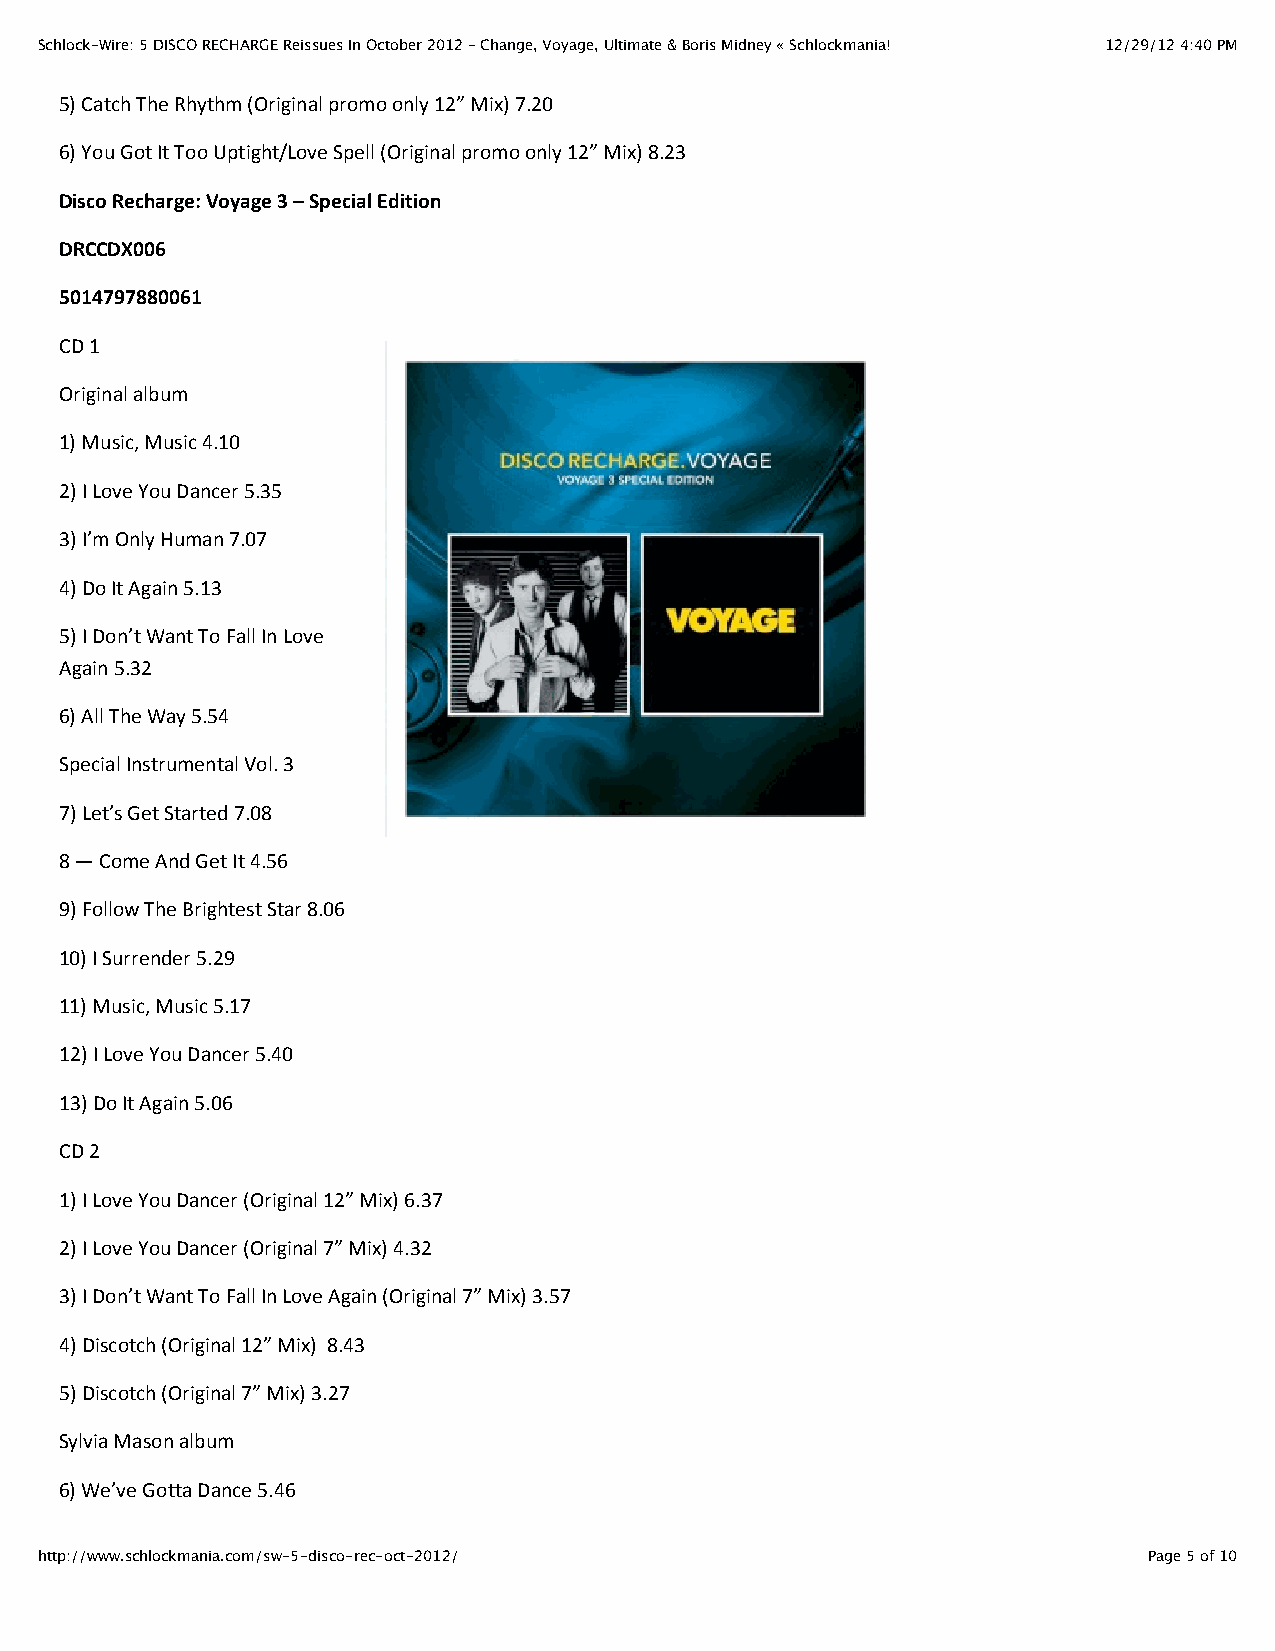
Schlock-Wire: 5 DISCO RECHARGE Reissues In October 2012 – Change, Voyage, Ultimate & Boris Midney « Schlockmania! 12/29/12 4:40 PM
 5) Catch The Rhythm (Original promo only 12” Mix) 7.20
 6) You Got It Too Uptight/Love Spell (Original promo only 12” Mix) 8.23
 Disco Recharge: Voyage 3 – Special Edition
 DRCCDX006
 5014797880061
 CD 1
 Original album
 1) Music, Music 4.10
 2) I Love You Dancer 5.35
 3) I’m Only Human 7.07
 4) Do It Again 5.13
 5) I Don’t Want To Fall In Love
 Again 5.32
 6) All The Way 5.54
 Special Instrumental Vol. 3
 7) Let’s Get Started 7.08
 8 — Come And Get It 4.56
 9) Follow The Brightest Star 8.06
 10) I Surrender 5.29
 11) Music, Music 5.17
 12) I Love You Dancer 5.40
 13) Do It Again 5.06
 CD 2
 1) I Love You Dancer (Original 12” Mix) 6.37
 2) I Love You Dancer (Original 7” Mix) 4.32
 3) I Don’t Want To Fall In Love Again (Original 7” Mix) 3.57
 4) Discotch (Original 12” Mix) 8.43
 5) Discotch (Original 7” Mix) 3.27
 Sylvia Mason album
 6) We’ve Gotta Dance 5.46
 http://www.schlockmania.com/sw-5-disco-rec-oct-2012/                      Page 5 of 10